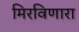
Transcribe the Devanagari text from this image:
मिरविणारा